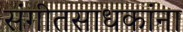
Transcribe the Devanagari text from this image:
संगीतसाधकांना